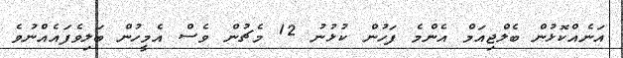
އަނެއްކޮޅުން ބެލްޖިއަމް އެންމެ ފަހުން ކުޅުނު 12 މެޗުން ވެސް އެމީހުން ބަލިވެފައެއްނުވެ